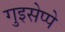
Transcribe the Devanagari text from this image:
गुइसेप्पे